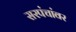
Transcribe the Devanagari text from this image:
सरपंचांवर